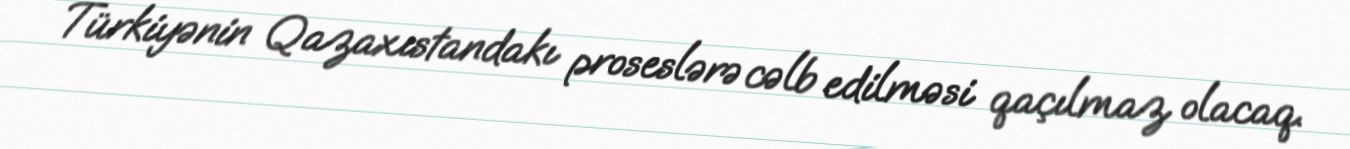
Türkiyənin Qazaxıstandakı proseslərə cəlb edilməsi qaçılmaz olacaq.